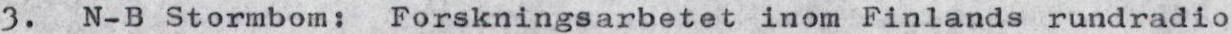
3. N-B Stormbom: Forskningsarbetet inom Finlands rundradio